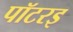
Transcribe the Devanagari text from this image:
पॉटरइ